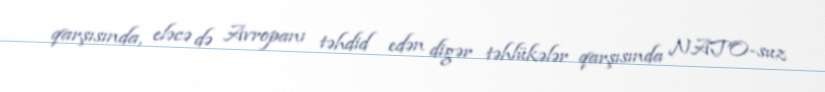
qarşısında, eləcə də Avropanı təhdid edən digər təhlükələr qarşısında NATO-suz